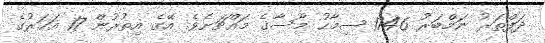
ދަފްތަރު ނަމްބަރު 1746 ސިމާހު މޫސާގެ މައްޗަށެވެ. އޭގެ އިތުރުން 17 އަހަރުގެ